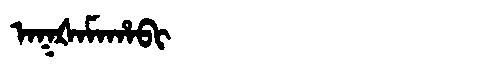
Manchu: ᠠᡴᡧᠠᠮᠠᡥᠠᠪᡳ
Romanization: AKŠAMAHABI